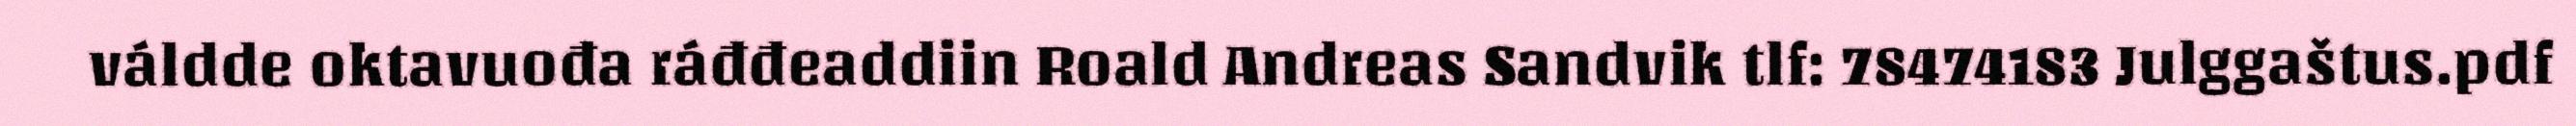
váldde oktavuođa ráđđeaddiin Roald Andreas Sandvik tlf: 78474183 Julggaštus.pdf